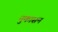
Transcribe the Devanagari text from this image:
नुकासन